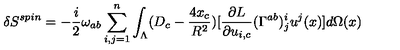
\delta S ^ { s p i n } = - \frac { i } { 2 } \omega _ { a b } \sum _ { i , j = 1 } ^ { n } \int _ { \Lambda } ( D _ { c } - \frac { 4 x _ { c } } { R ^ { 2 } } ) [ \frac { \partial L } { \partial u _ { i , c } } ( \Gamma ^ { a b } ) _ { j } ^ { i } u ^ { j } ( x ) ] d \Omega ( x )